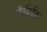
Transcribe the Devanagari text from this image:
हैवीलैंड